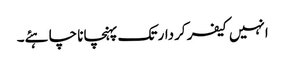
انہیں کیفر کردار تک پہنچانا چاہئے۔